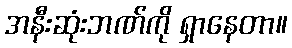
အနီးဆုံးဘဏ်ကို ရှာနေတာ။